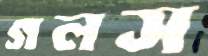
গলস